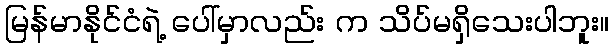
မြန်မာနိုင်ငံရဲ့ ပေါ်မှာလည်း က သိပ်မရှိသေးပါဘူး။